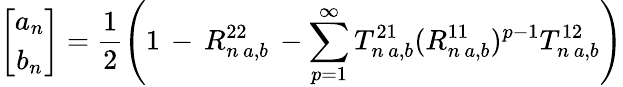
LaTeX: \left[\begin{array}{cc}{a_{n}}\\ {b_{n}}\end{array}\right]=\frac{1}{2}\left(1\, -\, R_{n\, a,b}^{22}\, -\sum_{p=1}^{\infty}T_{n\, a,b}^{21}(R_{n\, a,b}^{11})^{p-1}T_{n\, a,b}^{12}\right)